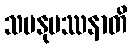
သမနုပဿနာတိ